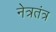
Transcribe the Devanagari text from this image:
नेत्रतंत्र